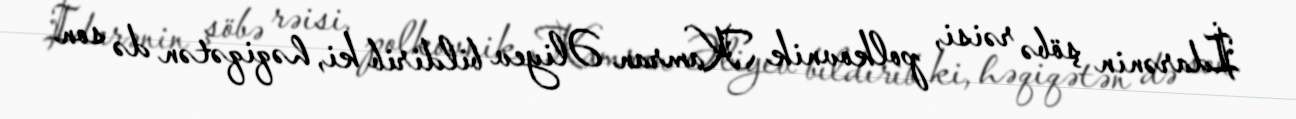
İdarənin şöbə rəisi, polkovnik Kamran Əliyev bildirib ki, həqiqətən də son